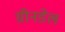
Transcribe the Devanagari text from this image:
ग्रीनडेल